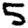
Digit: 5